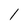
Character: l